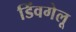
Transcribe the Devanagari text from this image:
डिंवगेलू